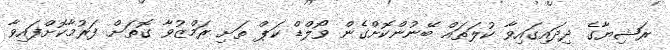
ރަޝިޔާގެ ދިދައިގައިވާ ކުލަތައް ބޭނުންކޮށްގެން ވޯލްޑް ކަޕް ތަށި ރަމްޒުވާ ގޮތަށް ފަރުމާކޮށްފައިވާ